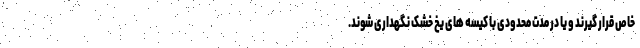
خاص قرار گیرند و یا در مدت محدودی با کیسه های یخ خشک نگهداری شوند.